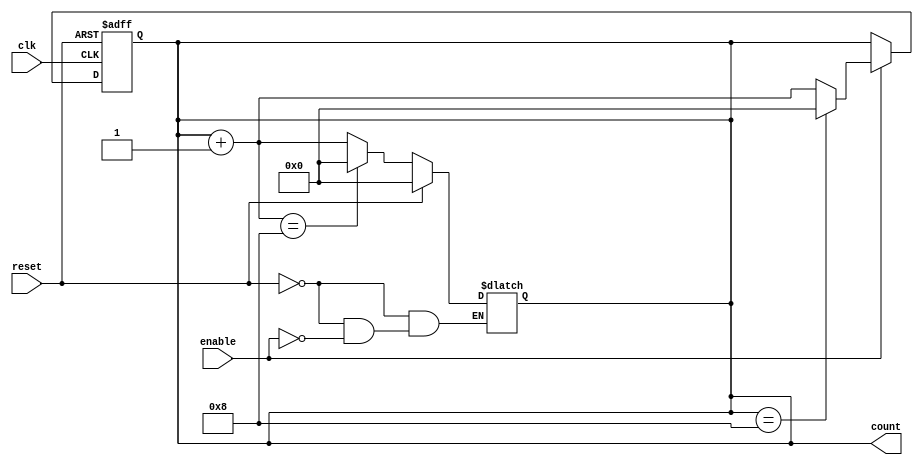
module async_reset_sync_counter #(
    parameter WIDTH = 4,            // Width of the counter
    parameter INIT_VALUE = 0,       // Initial value when reset
    parameter UP_DOWN = 1           // 1 for up counter, 0 for down counter
)(
    input wire clk,                 // Clock signal
    input wire reset,               // Asynchronous reset signal
    input wire enable,              // Count enable signal
    output reg [WIDTH-1:0] count    // Current counter value
);

// Asynchronous reset logic
always @* begin
    if (reset) begin
        count = INIT_VALUE;         // Reset to initial value
    end else if (enable) begin
        // Synchronous counting logic
        if (UP_DOWN) begin
            // Up Counting
            count = count + 1;
            // Handle overflow for up counter
            if (count == {1'b1, {WIDTH-1{1'b0}}}) begin
                count = 0;  // Wrap around to zero
            end
        end else begin
            // Down Counting
            count = count - 1;
            // Handle underflow for down counter
            if (count == 0) begin
                count = {1'b1, {WIDTH-1{1'b0}}}; // Wrap around to max value
            end
        end
    end
end

// Always block for synchronous operations
always @(posedge clk or posedge reset) begin
    if (reset) begin
        count <= INIT_VALUE;         // Reset counter at the rising edge
    end else if (enable) begin
        if (UP_DOWN) begin
            count <= count + 1;      // Increment count
            if (count == {1'b1, {WIDTH-1{1'b0}}}) begin
                count <= 0;          // Wrap around to zero
            end
        end else begin
            count <= count - 1;      // Decrement count
            if (count == 0) begin
                count <= {1'b1, {WIDTH-1{1'b0}}}; // Wrap around to max value
            end
        end
    end
end

endmodule